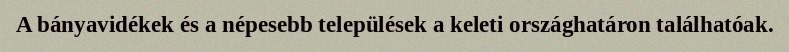
A bányavidékek és a népesebb települések a keleti országhatáron találhatóak.